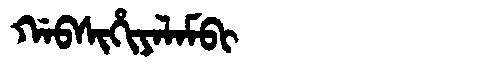
Manchu: ᡤᠠᠪᠰᡳᡥᡳᠶᠠᠯᠠᠮᠪᡳ
Romanization: GABSIHIYALAMBI